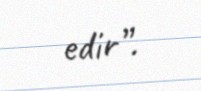
edir”.